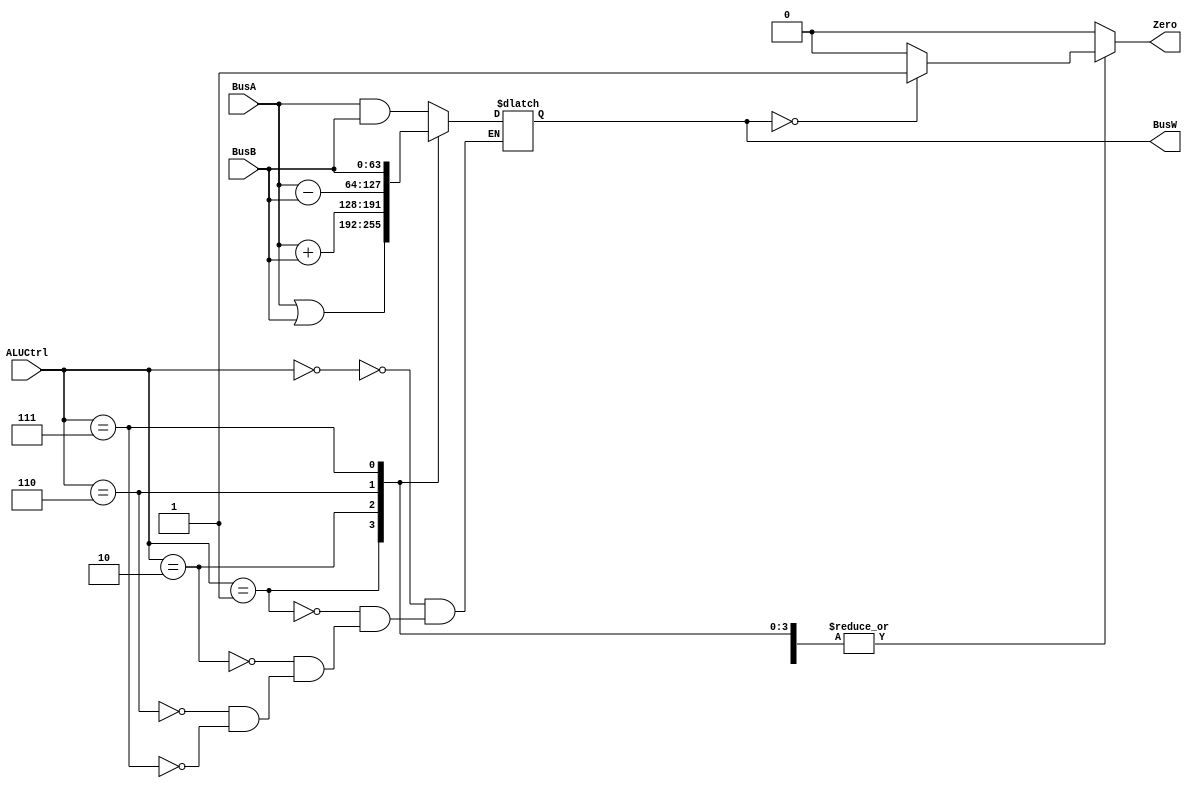
`define AND   4'b0000
`define OR    4'b0001
`define ADD   4'b0010
`define SUB   4'b0110
`define PassB 4'b0111


module ALU(BusW, BusA, BusB, ALUCtrl, Zero);
    
    parameter n = 64;

    output  [n-1:0] BusW;
    input   [n-1:0] BusA, BusB;
    input   [3:0] ALUCtrl;
    output  Zero;
    
    reg     [n-1:0] BusW;
    reg Zero;
    
  	// checks what control was given as input and performs operation
    always @(ALUCtrl or BusA or BusB) begin
        Zero = 0; // reset to zero at the start
        case(ALUCtrl)
            `AND: begin
              	BusW[63:0] <= #20 BusA[63:0] & BusB[63:0];
              	if(BusW[63:0] == 64'b0)
                    Zero = 1; // if BusW = 0, then Zero is true
            end
            `OR: begin
                BusW[63:0] <= #20 BusA[63:0] | BusB[63:0];
              	if(BusW[63:0] == 64'b0)
                    Zero = 1; // if BusW = 0, then Zero is true
            end
            `ADD: begin
                BusW[63:0] <= #20 BusA[63:0] + BusB[63:0];
              	if(BusW[63:0] == 64'b0)
                    Zero = 1; // if BusW = 0, then Zero is true
            end
            `SUB: begin
                BusW[63:0] <= #20 BusA[63:0] - BusB[63:0];
              	if(BusW[63:0] == 64'b0)
                    Zero = 1; // if BusW = 0, then Zero is true
            end
            `PassB: begin
                BusW[63:0] <= #20 BusB[63:0];
              	if(BusW[63:0] == 64'b0)
                    Zero = 1; // if BusW = 0, then Zero is true
            end
        endcase
    end
                    
endmodule